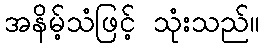
အနိမ့်သံဖြင့် သုံးသည်။